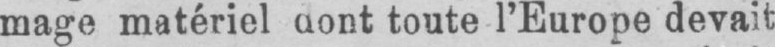
mage matériel dont toute l’Europe devait